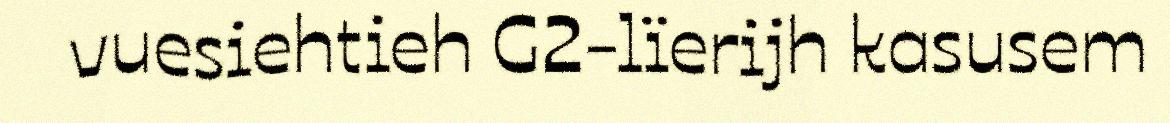
vuesiehtieh G2-lïerijh kasusem